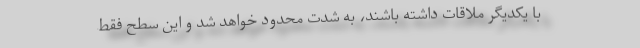
با یکدیگر ملاقات داشته باشند، به شدت محدود خواهد شد و این سطح فقط